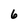
Character: 6